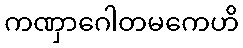
ကဏှာဂေါတမကေဟိ